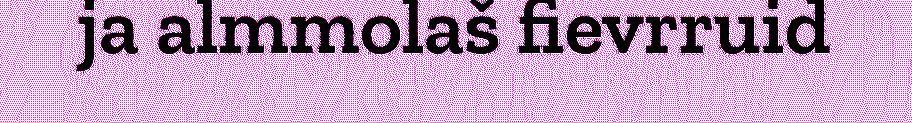
ja almmolaš fievrruid